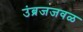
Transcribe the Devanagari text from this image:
उंब्रजजवळ